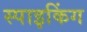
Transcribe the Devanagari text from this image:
स्पाइकिंग